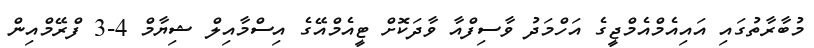
މުބާރާތުގައި އައިއެމްއެމްޖީގެ އަހްމަދު ވާސިފްއާ ވާދަކޮށް ޓީއެމްއޭގެ އިސްމާއިލް ޝިޔާމް 4-3 ފްރޭމްއިން